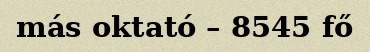
más oktató – 8545 fő